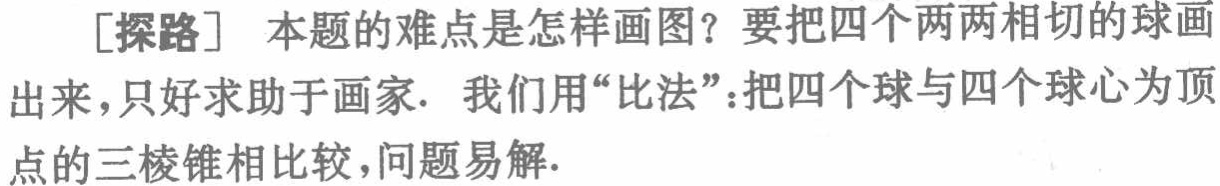
[探路] 本题的难点是怎样画图？要把四个两两相切的球画出来，只好求助于画家. 我们用“比法”：把四个球与四个球心为顶点的三棱锥相比较，问题易解.